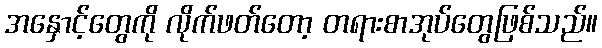
အနှောင့်တွေကို လိုက်ဖတ်တော့ တရားစာအုပ်တွေဖြစ်သည်။